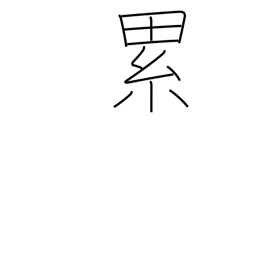
Meaning: continually